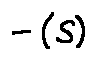
- ( S )